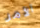
الأمر